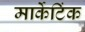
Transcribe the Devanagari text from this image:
मार्केटिंक